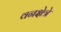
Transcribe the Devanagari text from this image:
वनक्षेत्रे